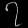
Digit: ၇